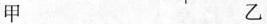
甲 乙